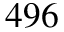
4 9 6